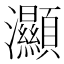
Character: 灦